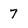
Character: 7